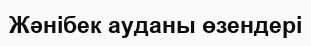
Жәнібек ауданы өзендері